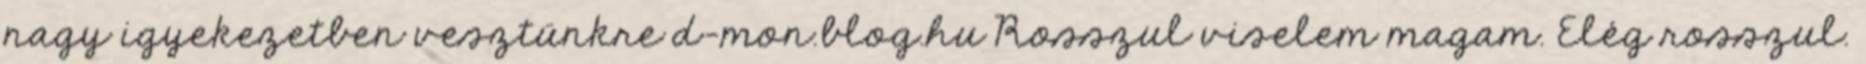
nagy igyekezetben vesztünkre d-mon.blog.hu Rosszul viselem magam. Elég rosszul.